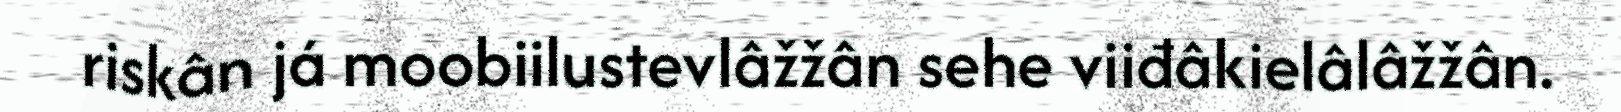
riskân já moobiilustevlâžžân sehe viiđâkielâlâžžân.